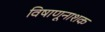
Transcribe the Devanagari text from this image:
विषाणूनाशक